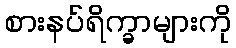
စားနပ်ရိက္ခာများကို